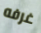
غرفه